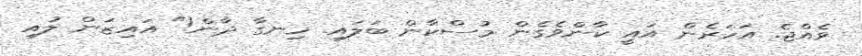
ވެއްޖެ. އަހަރެން އައީ ކާންވެގެން މުސްކާން ބަލައި. ހިނގާ ދާން!" އައިޒަން ލުއި